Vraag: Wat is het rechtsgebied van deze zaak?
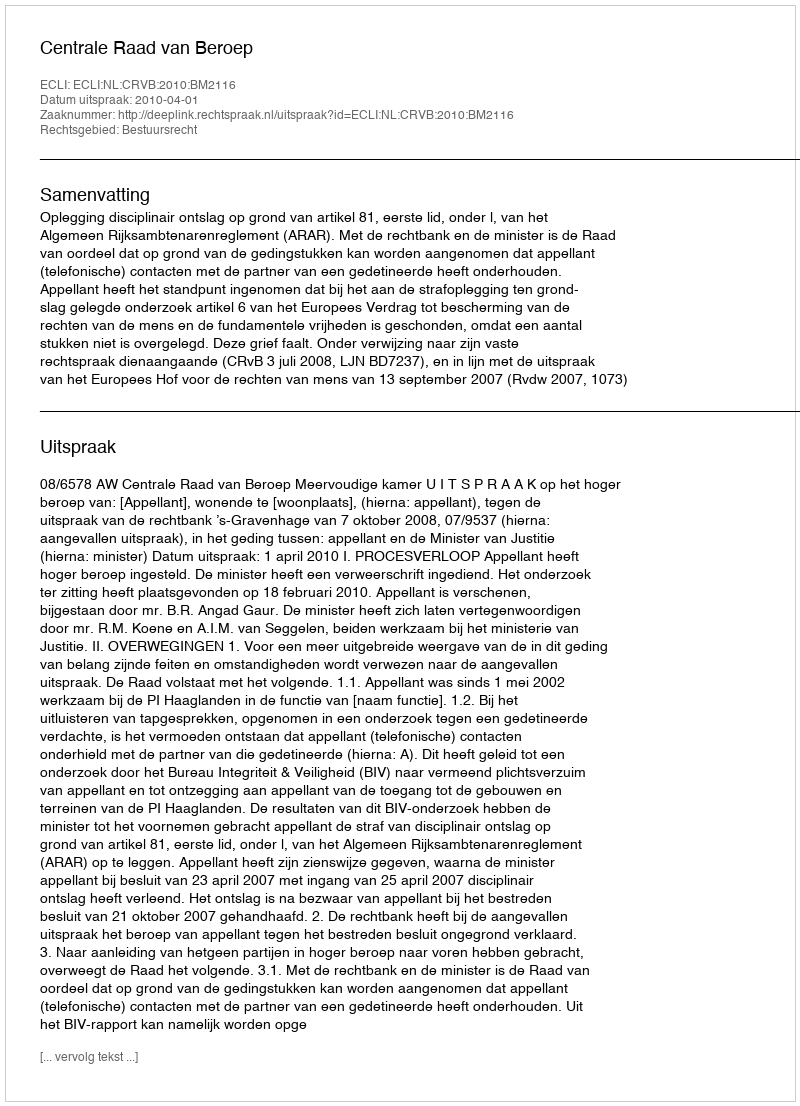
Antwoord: Bestuursrecht